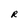
Character: R